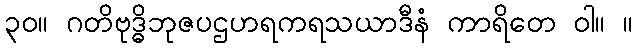
၃၀။ ဂတိဗုဒ္ဓိဘုဇပဌဟရကရသယာဒီနံ ကာရိတေ ဝါ။ ။